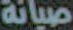
صيانة